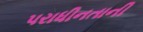
પરાધીનતાની